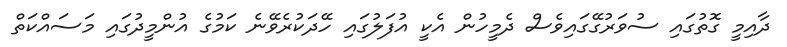
ދާއިމީ ގޮތުގައި ސުވަރުގޭގައިވެސް ދެމީހުން އެކީ އުފަލުގައި ހޭދަކުރެވޭނެ ކަމުގެ އުންމީދުގައި މަސައްކަތް